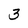
Character: 3